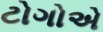
ટોગોએ